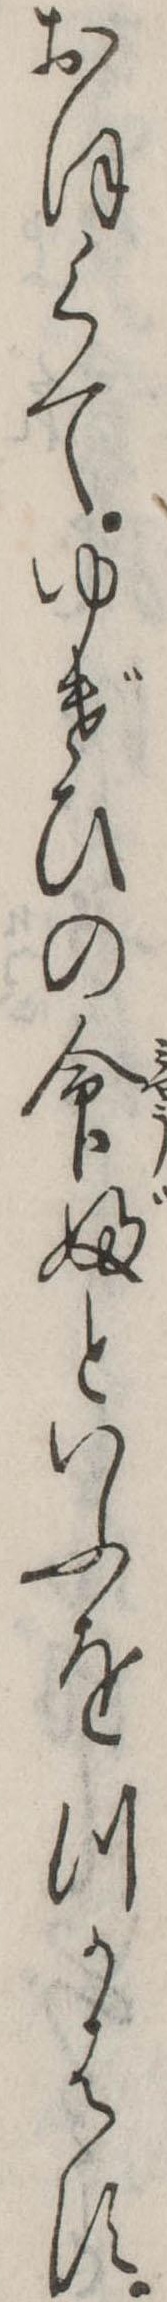
おほくてゆげひの命婦といふをつかはす